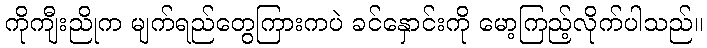
ကိုကျီးညိုက မျက်ရည်တွေကြားကပဲ ခင်နှောင်းကို မော့ကြည့်လိုက်ပါသည်။